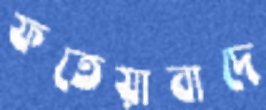
ফতেয়াবাদে